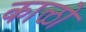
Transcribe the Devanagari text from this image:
काळो